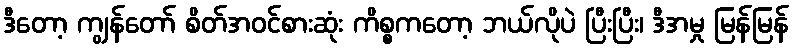
ဒီတော့ ကျွန်တော် စိတ်အဝင်စားဆုံး ကိစ္စကတော့ ဘယ်လိုပဲ ပြီးပြီး၊ ဒီအမှု မြန်မြန်